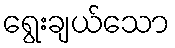
ရွေးချယ်သော